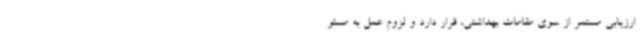
ارزیابی مستمر از سوی مقامات بهداشتی، قرار دارد و لزوم عمل به مسئو